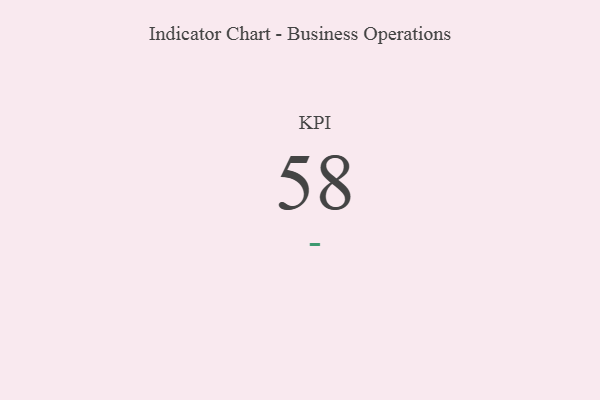
{"axis": {"x": "KPI", "y": "Value"}, "legend": [""], "data": [{"x": "KPI", "y": 58, "type": ""}]}